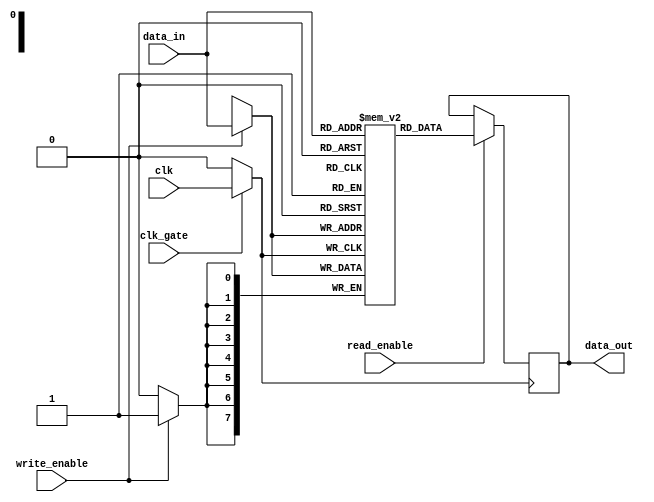
module clock_gated_memory (
    input wire clk,          // Global clock input
    input wire clk_gate,     // Clock gating control signal
    input wire [7:0] data_in, // Data input
    input wire write_enable,  // Write enable signal
    input wire read_enable,   // Read enable signal
    output reg [7:0] data_out // Data output
);

    // Memory array (for demonstration, using 256 x 8-bit SRAM)
    reg [7:0] memory [0:255];
    wire gated_clk;

    // Transistor-level clock gating using a simple conditional assignment
    assign gated_clk = clk_gate ? clk : 1'b0; // Gating the clock signal

    // Memory write operation
    always @(posedge gated_clk) begin
        if (write_enable) begin
            // Write data to memory
            memory[data_in[7:0]] <= data_in; // Example: using lower 8 bits as address
        end
    end

    // Memory read operation
    always @(posedge gated_clk) begin
        if (read_enable) begin
            // Read data from memory
            data_out <= memory[data_in[7:0]]; // Example: using lower 8 bits as address
        end
    end

endmodule